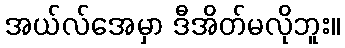
အယ်လ်အေမှာ ဒီအိတ်မလိုဘူး။